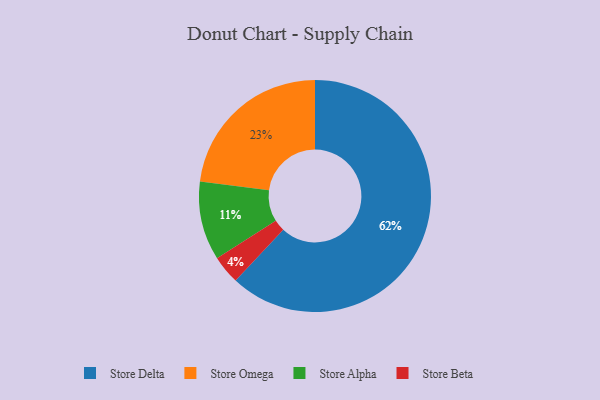
{"axis": {"x": "Category", "y": "Percentage"}, "legend": ["Store Alpha", "Store Beta", "Store Delta", "Store Omega"], "data": [{"x": "Store Omega", "y": 23, "type": "Store Omega"}, {"x": "Store Delta", "y": 62, "type": "Store Delta"}, {"x": "Store Beta", "y": 4, "type": "Store Beta"}, {"x": "Store Alpha", "y": 11, "type": "Store Alpha"}]}